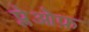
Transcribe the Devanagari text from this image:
प्लेओफ़